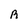
Character: R